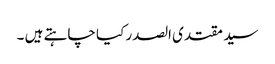
سید مقتدی الصدر کیا چاہتے ہیں ۔